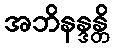
အဘိနန္ဒန္တိ